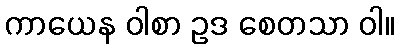
ကာယေန ဝါစာ ဥဒ စေတသာ ဝါ။